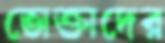
ভোক্তাদের